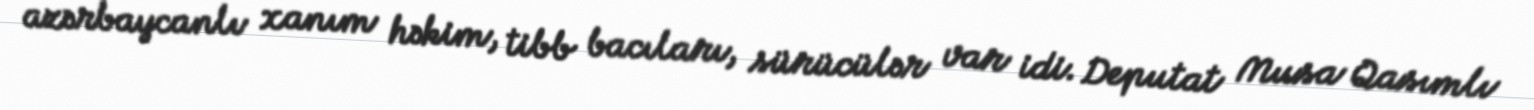
azərbaycanlı xanım həkim, tibb bacıları, sürücülər var idi. Deputat Musa Qasımlı